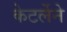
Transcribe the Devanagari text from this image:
केटर्लेने